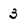
Character: 3